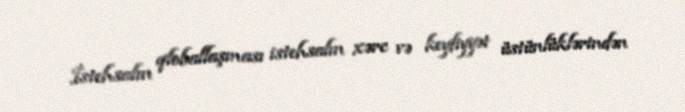
İstehsalın qloballaşması istehsalın xərc və keyfiyyət üstünlüklərindən